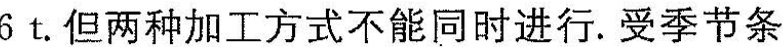
6t.但两种加工方式不能同时进行. 受季节条